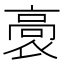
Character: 𮪸